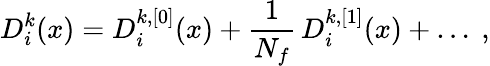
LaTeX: D_{i}^{k}(x)=D_{i}^{k,[0]}(x)+\frac{1}{N_{f}}\, D_{i}^{k,[1]}(x)+\ldots~,